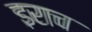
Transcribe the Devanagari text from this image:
इराच